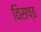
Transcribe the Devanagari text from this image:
विसष्ठ